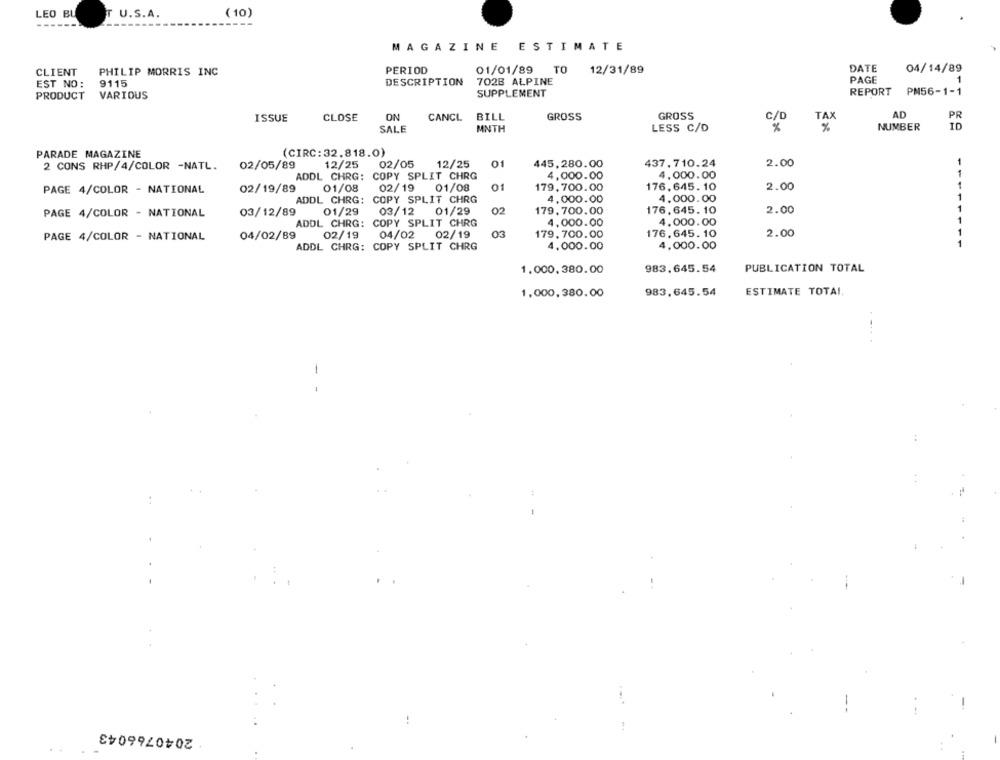
LEO BU
T U.S.A.
(10)
-----
MAGAZINE ESTIMATE
PERIOD
DATE
04/14/89
CLIENT
PHILIP MORRIS INC
01/01/89
TO
12/31/89
EST NO :
9115
DESCRIPTION
702B ALPINE
PAGE
SUPPLEMENT
REPORT
PM56-1-1
PRODUCT
VARIOUS
GROSS
TAX
AD
PR
ISSUE
CLOSE
ON
CANCL
BILL
GROSS
C/D
SALE
MNTH
LESS C/D
%
%
NUMBER
ID
PARADE MAGAZINE
(CIRC:32.818.0)
2 CONS RHP/4/COLOR -NATL.
02/05/89
12/25
02/05
12/25
01
445,280.00
437.710.24
2.00
ADDL CHRG: COPY SPLIT CHRG
4,000.00
4,000.00
PAGE 4/COLOR - NATIONAL
02/19/89
01/08
02/19
01/08
01
179,700.00
176.645. 10
2.00
4.000.00
ADDL CHRG: COPY SPLIT CHRG
4,000.00
PAGE 4/COLOR - NATIONAL
03/12/89
01/29
03/12
01/29
02
179,700.00
176.645. 10
2.00
ADDL CHRG: COPY SPLIT CHRG
4,000.00
4.000.00
04/02/89
02/19
04/02
02/19
03
179, 700.00
176,645. 10
2.00
PAGE 4/COLOR - NATIONAL
ADDL CHRG: COPY SPLIT CHRG
4,000.00
4,000.00
PUBLICATION TOTAL
1.000.380.00
983.645.54
ESTIMATE TOTAI
1,000,380.00
983,645.54
1
-.
2040766043
..